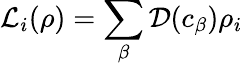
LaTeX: \mathcal{L}_{i}(\rho)=\sum_{\beta}\mathcal{D}(c_{\beta})\rho_{i}